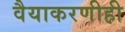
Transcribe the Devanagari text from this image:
वैयाकरणीही